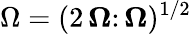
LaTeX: \Omega=(2\, \boldsymbol{\Omega}\colon\boldsymbol{\Omega})^{1/2}